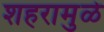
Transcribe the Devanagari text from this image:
शहरामुळे